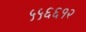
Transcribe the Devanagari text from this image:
५५६६१२